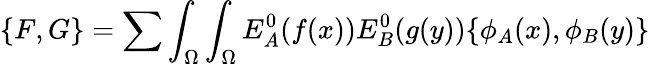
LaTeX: \{ F,G\} =\sum\int_{\Omega}\int_{\Omega}E_{A}^{0}(f(x))E_{B}^{0}(g(y))\{ \phi_{A}(x),\phi_{B}(y)\}